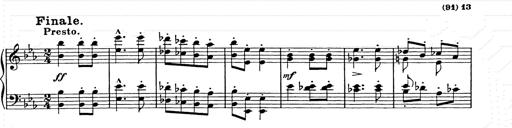
Title: Hungarian Rhapsody No.9
Composer: Franz Liszt
Key: E-flat major